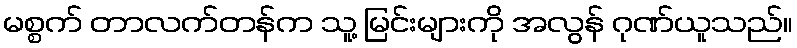
မစ္စက် တာလက်တန်က သူ့ မြင်းများကို အလွန် ဂုဏ်ယူသည်။